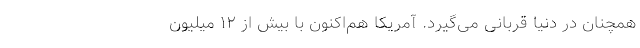
همچنان در دنیا قربانی می‌گیرد. آمریکا هم‌اکنون با بیش از ۱۲ میلیون